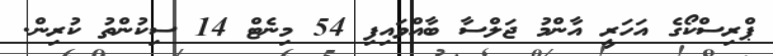
ޕްރިސްކޯގެ އަހަރީ އާންމު ޖަލްސާ ބާއްވައިފި 54 މިނެޓް 14 ސިކުންތު ކުރިން.